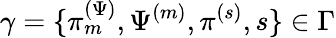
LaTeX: \gamma=\{ \pi_{m}^{(\Psi)},\Psi^{(m)},\pi^{(s)},s\} \in\Gamma